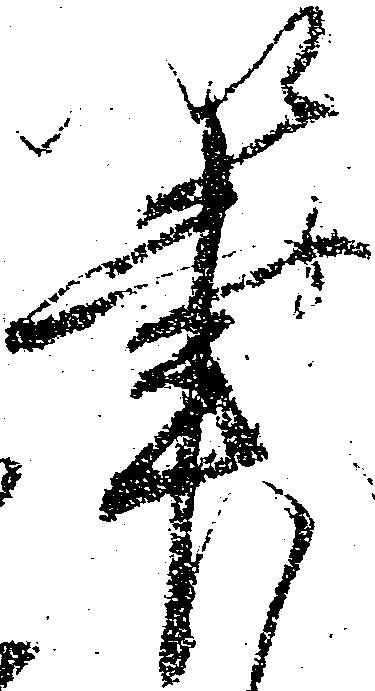
筆